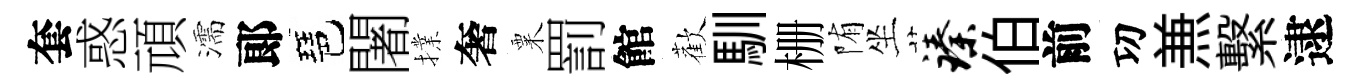
套惑頑濡郞琶闍擈奢粟罰館歡馴栅陏坐臻伯前㓛𠔥繫逮